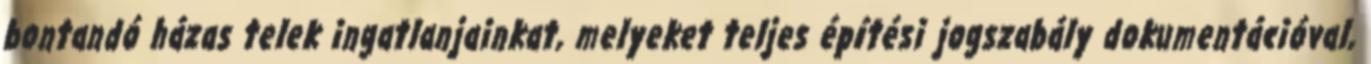
bontandó házas telek ingatlanjainkat, melyeket teljes építési jogszabály dokumentációval,